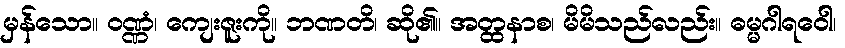
မှန်သော။ ဝဏ္ဏံ၊ ကျေးဇူးကို။ ဘဏတိ၊ ဆို၏။ အတ္ထနာစ၊ မိမိသည်လည်း။ ဓမ္မဂါရဝေါ၊